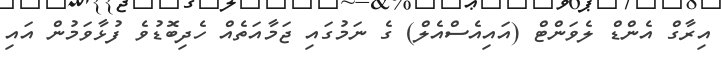
އިރާގް އެންޑް ލެވަންޓް (އައިއެސްއެލް) ގެ ނަމުގައި ޖަމާއަތެއް ހެދިބޮޑުވެ ފުޅާވަމުން އައި